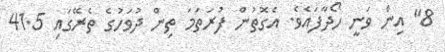
8" އިން ވަނީ ހޯދާފައެވެ. އެގޮތުން ފުރަތަމަ ތިން ދުވަހުގެ ތެރޭގައި 41.5